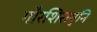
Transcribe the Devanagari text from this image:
गौरशिरामुनि